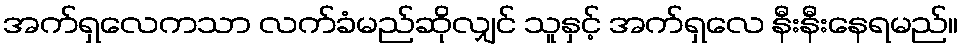
အက်ရှလေကသာ လက်ခံမည်ဆိုလျှင် သူနှင့် အက်ရှလေ နီးနီးနေရမည်။